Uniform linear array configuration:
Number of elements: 16
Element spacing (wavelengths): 0.25
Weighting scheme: binomial
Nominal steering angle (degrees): -15
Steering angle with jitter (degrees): -14.697
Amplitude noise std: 0.05
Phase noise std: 0.05

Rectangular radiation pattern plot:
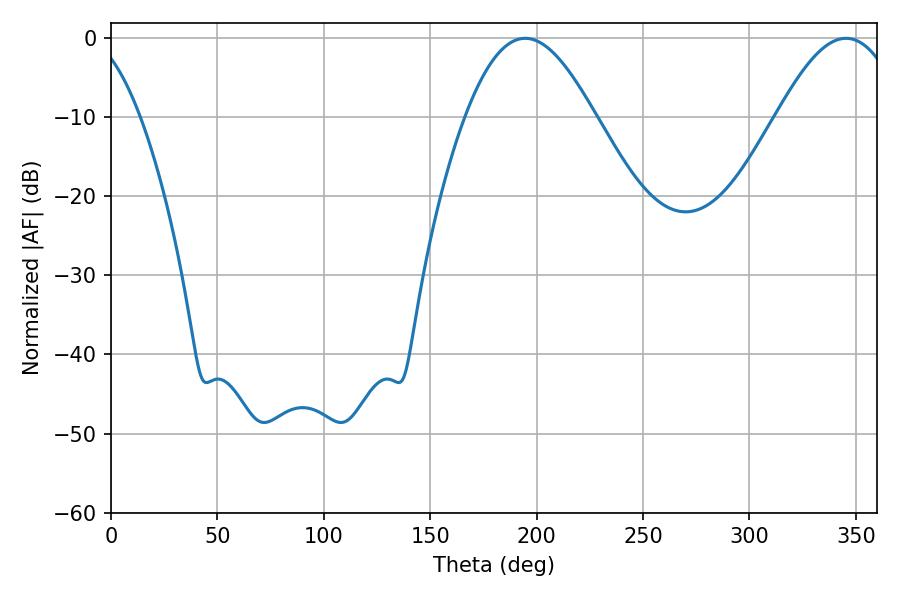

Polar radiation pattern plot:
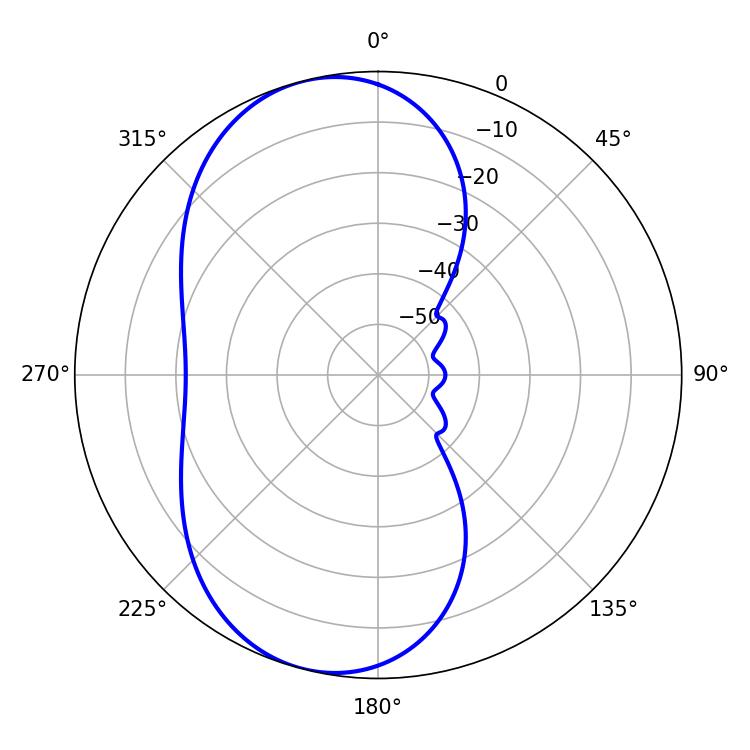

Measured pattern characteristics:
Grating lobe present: FALSE
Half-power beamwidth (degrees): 32.76
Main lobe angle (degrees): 194.58